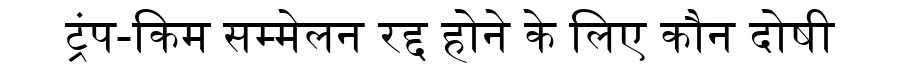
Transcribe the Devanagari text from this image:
ट्रंप-किम सम्मेलन रद्द होने के लिए कौन दोषी